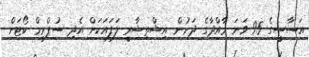
އަސާސީގެ 95 ވަނަ މާއްދާގެ ދަށުން އިޝްތިޝާރީ ލަފައަކަށް އެދި ސުޕްރީމް ކޯޓަށް